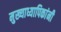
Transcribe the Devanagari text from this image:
मुख्याध्यापिकांनी